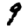
Digit: 9